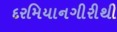
દરમિયાનગીરીથી